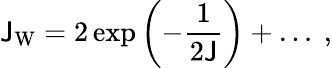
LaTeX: \mathsf{J}_{\mathrm{{W}}}=2\exp\left(-{\frac{{1}}{{2\mathsf{J}}}}\right)+\ldots~,